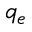
q _ { e }